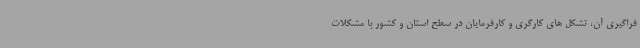
فراگیری آن، تشکل های کارگری و کارفرمایان در سطح استان و کشور با مشکلات